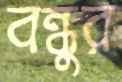
বন্ধুর